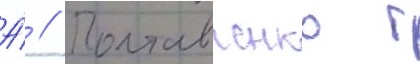
А́ // Полтавченко г